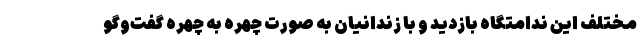
مختلف این ندامتگاه بازدید و با زندانیان به صورت چهره به چهره گفت‌وگو